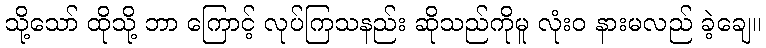
သို့သော် ထိုသို့ ဘာ ကြောင့် လုပ်ကြသနည်း ဆိုသည်ကိုမူ လုံးဝ နားမလည် ခဲ့ချေ။